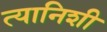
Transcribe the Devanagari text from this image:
त्यानिशी